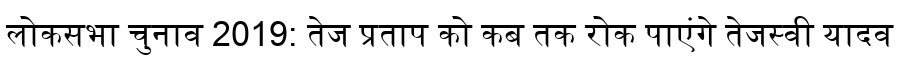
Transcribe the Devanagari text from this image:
लोकसभा चुनाव 2019: तेज प्रताप को कब तक रोक पाएंगे तेजस्वी यादव